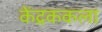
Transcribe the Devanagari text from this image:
केंद्रककला